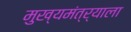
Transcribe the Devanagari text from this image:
मुख्यमंत्र्याला